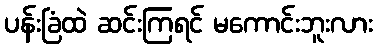
ပန်းခြံထဲ ဆင်းကြရင် မကောင်းဘူးလား